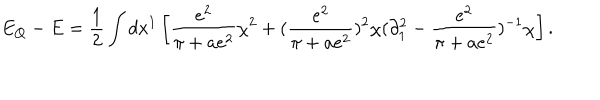
E _ { Q } - E = { \frac { 1 } { 2 } } \int d x ^ { 1 } \left[ { \frac { e ^ { 2 } } { \pi + a e ^ { 2 } } } \chi ^ { 2 } + ( { \frac { e ^ { 2 } } { \pi + a e ^ { 2 } } } ) ^ { 2 } \chi ( \partial _ { 1 } ^ { 2 } - { \frac { e ^ { 2 } } { \pi + a e ^ { 2 } } } ) ^ { - 1 } \chi \right] .